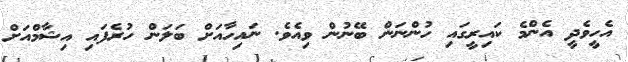
އެހީވެދީ އެންމެ ކައިރީގައި ހުންނަން ބޭނުން ވިއެވެ. ނައިހާއަށް ބަލަން ހުރެފައި އިޝާމްއަށް